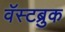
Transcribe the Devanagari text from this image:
वॅस्टब्रुक